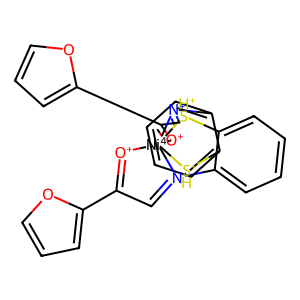
SMILES: C1=[N+]2c3ccccc3[SH+][Ni-4]234([O+]=C1c1ccco1)[O+]=C(c1ccco1)C=[N+]3c1ccccc1[SH+]4
Inhibits HIV replication: No